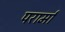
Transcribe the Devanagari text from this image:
परार्मा